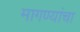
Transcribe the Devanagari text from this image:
मागण्यांचा